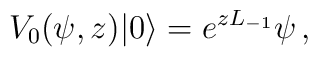
V_0(\psi,z)|0\rangle=e^{zL_{-1}}\psi\,,